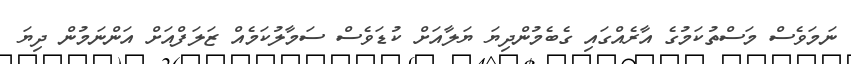
ނަމަވެސް މަސްތުކަމުގެ އާރެއްގައި ގެބެމުންދިޔަ ޔަލާއަށް ކުޑަވެސް ސަމާލުކަމެއް ޒަލަފްއަށް އަންނަމުން ދިޔަ